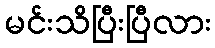
မင်းသိပြီးပြီလား